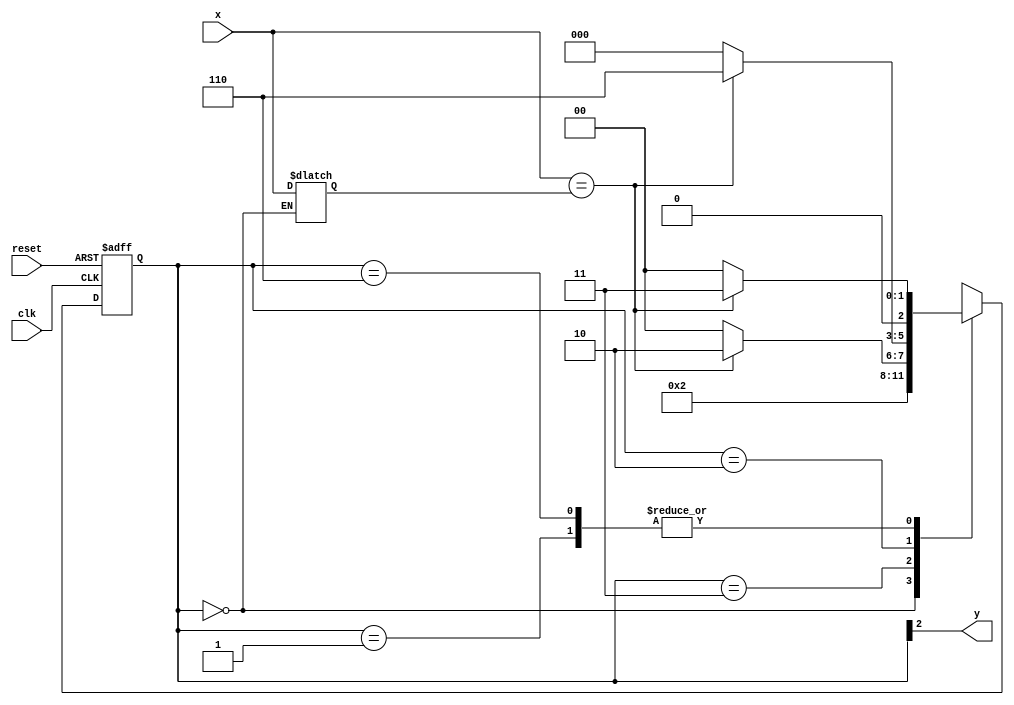
// Exemplo0056 - EXTRA 
// Aluno: rsula Rosa Monteiro de Castro

// -------------- 
// --- Moore FSM 
// -------------- 

// constant definition 
`define found 1 
`define notfound 0 

// FSM by Moore 
module moorexxxx ( y, x, clk, reset ); 
output y; 
input x; 
input clk; 
input reset; 
reg y; 
reg z;
parameter // state identifiers 

start = 3'b000, 
id1 = 3'b001, 
id11 = 3'b011, 
id110 = 3'b010, 
id1101 = 3'b110; // signal found 

reg [2:0] E1; // current state variables 
reg [2:0] E2; // next state logic output 

// next state logic 
always @( x or E1 ) 
	begin 
	case( E1 ) 
	start:   
	begin
     E2 = id1; 
	  z = x;
	 end
	id1: 
		if ( x == z ) 
			E2 = id11; 
		else 
		   E2 = start; 
	id11: 
		if ( x == z ) 
			E2 = id110; 
		else 
			E2 = start; 
	id110: 
		if ( x == z ) 
			E2 = id1101; 
		else 
			E2 = start; 
	id1101: 
		if ( x == z ) 
			E2 = id11; 
		else
			E2 = start;
default: // undefined statee 
E2 = 3'bxxx; 
endcase 
end // always at signal or state changing 

// state variables 
always @( posedge clk or negedge reset ) 
begin 
if ( reset ) 
E1 = E2; // updates current state 
else 
E1 = 0; // reset 
end // always at signal changing 

// output logic 
always @( E1 ) 
begin 
y = E1[2]; // first bit of state value 

end // always at state changing 

endmodule // moorexxxx